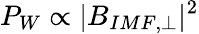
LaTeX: P_{W}\propto|B_{IMF,\perp}|^{2}